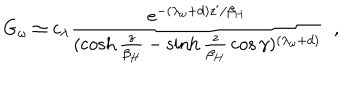
G _ { \omega } \simeq c _ { \lambda } { \frac { e ^ { - ( \lambda _ { \omega } + d ) z ^ { \prime } / \beta _ { H } } } { ( \cosh { \frac { z } { \beta _ { H } } } - \sinh { \frac { z } { \beta _ { H } } } \cos \gamma ) ^ { ( \lambda _ { \omega } + d ) } } } ~ ~ ,